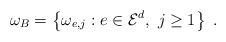
LaTeX: \begin{align*}\omega_B = \left\{ \omega_{e,j} : e \in \mathcal{E}^d,~j \geq 1 \right\}\ .\end{align*}